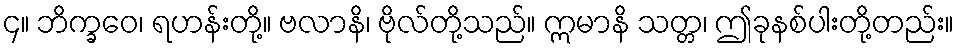
၄။ ဘိက္ခဝေ၊ ရဟန်းတို့။ ဗလာနိ၊ ဗိုလ်တို့သည်။ ဣမာနိ သတ္တ၊ ဤခုနစ်ပါးတို့တည်း။